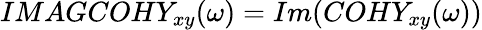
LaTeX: IMAGCOHY_{xy}(\omega)=Im(COHY_{xy}(\omega))